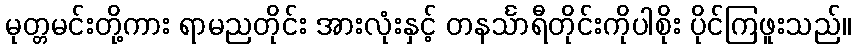
မုတ္တမင်းတို့ကား ရာမညတိုင်း အားလုံးနှင့် တနင်္သာရီတိုင်းကိုပါစိုး ပိုင်ကြဖူးသည်။